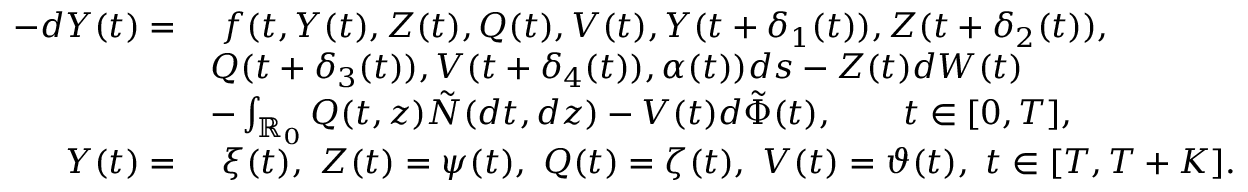
\begin{array} { r l } { - d Y ( t ) = } & { \ f ( t , Y ( t ) , Z ( t ) , Q ( t ) , V ( t ) , Y ( t + \delta _ { 1 } ( t ) ) , Z ( t + \delta _ { 2 } ( t ) ) , } \\ & { Q ( t + \delta _ { 3 } ( t ) ) , V ( t + \delta _ { 4 } ( t ) ) , \alpha ( t ) ) d s - Z ( t ) d W ( t ) } \\ & { - \int _ { \mathbb { R } _ { 0 } } Q ( t , z ) \tilde { N } ( d t , d z ) - V ( t ) d \tilde { \Phi } ( t ) , \qquad t \in [ 0 , T ] , } \\ { Y ( t ) = } & { \ \xi ( t ) , \ Z ( t ) = \psi ( t ) , \ Q ( t ) = \zeta ( t ) , \ V ( t ) = \vartheta ( t ) , \ t \in [ T , T + K ] . } \end{array}